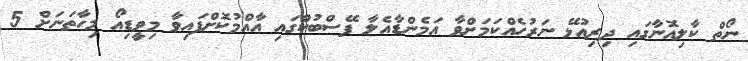
ނޯތް ކާލިއޮނާގައި ދިރިއުޅޭ ނަރުހެއްކަމަށްވާ އަމެންޑާއެލާ ފޭސްބުކްގައި އާއްމުކޮށްފައިވާ މިވީޑިއޯ މިހާތަނަށް 5